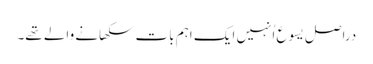
‏ دراصل یسوع اُنہیں ایک اہم بات سکھانے والے تھے۔